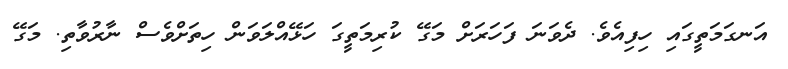
އަނގަމަތީގައި ހިފިއެވެ. ދެވަނަ ފަހަރަށް މަގޭ ކުރިމަތީގަ ހަޅޭއްލަވަން ހިތަށްވެސް ނާރުވާތި. މަގޭ